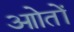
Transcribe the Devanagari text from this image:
आोतों